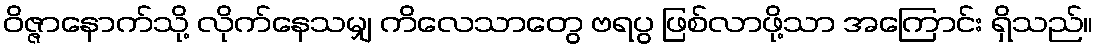
ဝိဇ္ဇာနောက်သို့ လိုက်နေသမျှ ကိလေသာတွေ ဗရပွ ဖြစ်လာဖို့သာ အကြောင်း ရှိသည်။